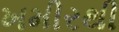
ખમીરથી